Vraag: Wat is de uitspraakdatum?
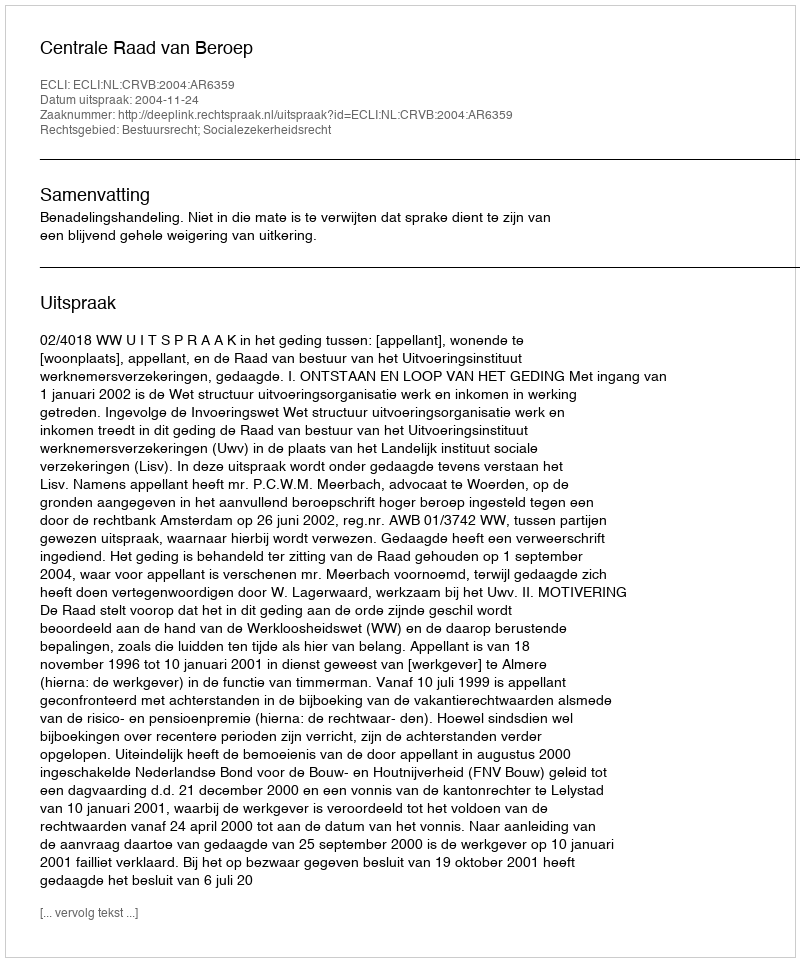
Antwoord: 2004-11-24